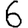
Digit: 6